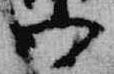
御